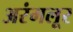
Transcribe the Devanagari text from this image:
अरंमलूर